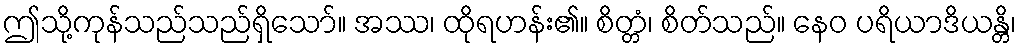
ဤသို့ကုန်သည်သည်ရှိသော်။ အဿ၊ ထိုရဟန်း၏။ စိတ္တံ၊ စိတ်သည်။ နေဝ ပရိယာဒိယန္တိ၊